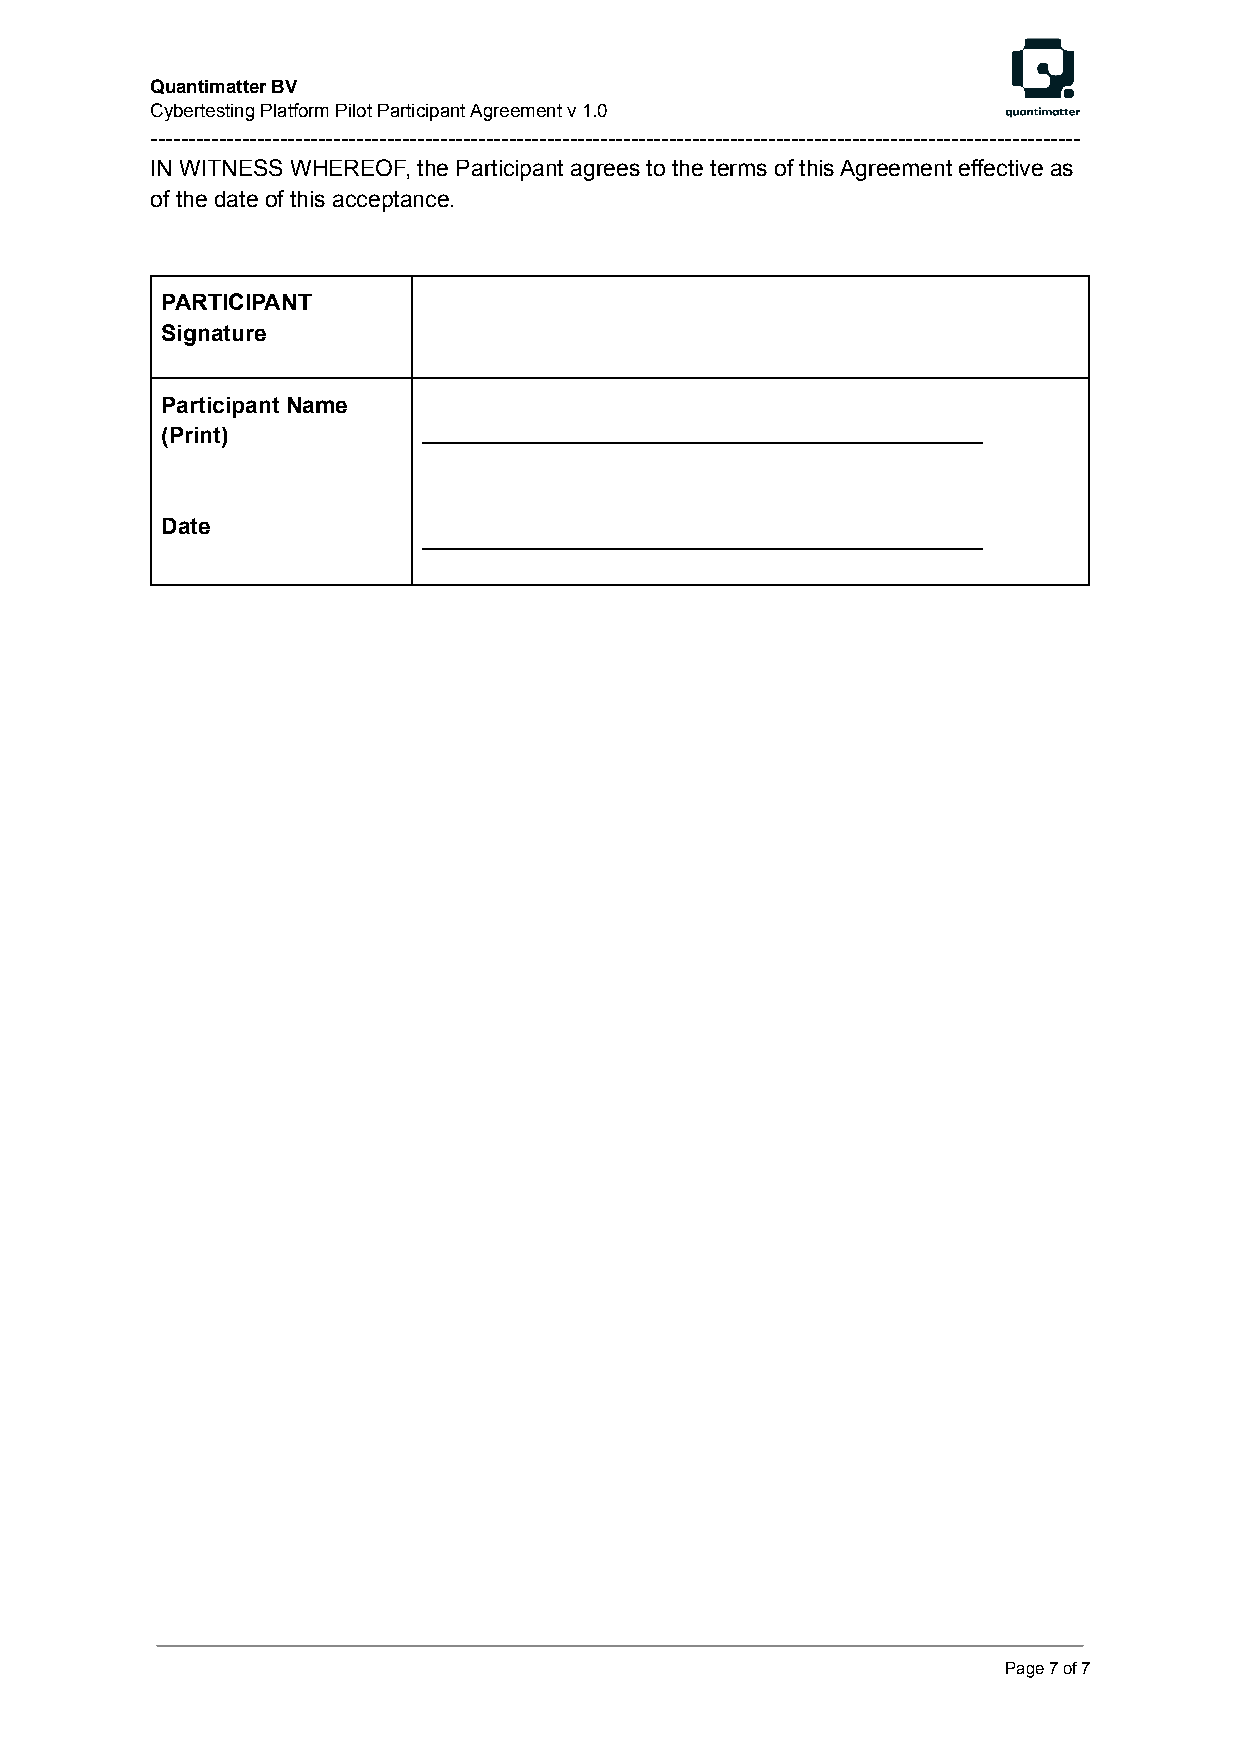
Quantimatter BV
 Cybertesting Platform Pilot Participant Agreement v 1.0
 --------------------------------------------------------------------------------------------------------------------------
 IN WITNESS WHEREOF, the Participant agrees to the terms of this Agreement effective as
 of the date of this acceptance.
 PARTICIPANT
 Signature
 Participant Name
 (Print)          ____________________________________________
 Date
 ____________________________________________
 Page7of7